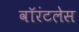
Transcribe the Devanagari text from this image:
वॉरंटलेस